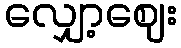
လျှော့ဈေး